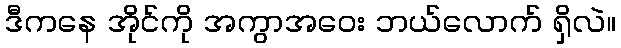
ဒီကနေ အိုင်ကို အကွာအဝေး ဘယ်လောက် ရှိလဲ။